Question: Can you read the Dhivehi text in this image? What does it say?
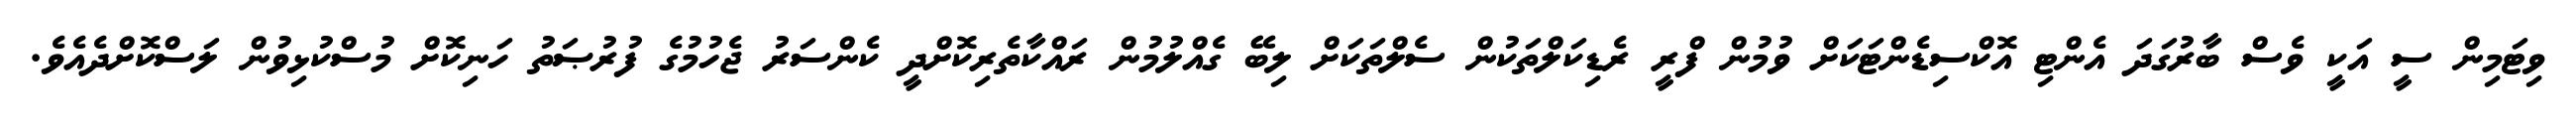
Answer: ވިޓަމިން ސީ އަކީ ވެސް ބާރުގަދަ އެންޓި އޮކްސިޑެންޓަކަށް ވުމުން ފްރީ ރެޑިކަލްތަކުން ސެލްތަކަށް ލިބޭ ގެއްލުމުން ރައްކާތެރިކޮށްދީ ކެންސަރު ޖެހުމުގެ ފުރުޞަތު ހަނިކޮށް މުސްކުޅިވުން ލަސްކޮށްދެއެވެ.